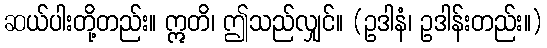
ဆယ်ပါးတို့တည်း။ ဣတိ၊ ဤသည်လျှင်။ (ဥဒါနံ၊ ဥဒါန်းတည်း။)